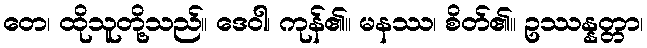
တေ၊ ထိုသူတို့သည်။ ဒေဝါ၊ ကုန်၏။ မနဿ၊ စိတ်၏။ ဥဿန္နတ္တာ၊